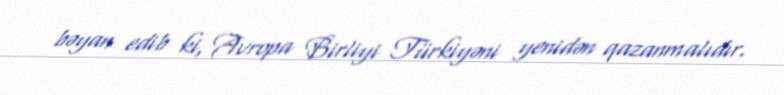
bəyan edib ki, Avropa Birliyi Türkiyəni yenidən qazanmalıdır.